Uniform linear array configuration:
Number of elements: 48
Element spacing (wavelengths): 0.5
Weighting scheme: cosine
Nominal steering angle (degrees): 0
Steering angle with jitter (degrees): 0.876
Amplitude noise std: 0.05
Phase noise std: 0.05

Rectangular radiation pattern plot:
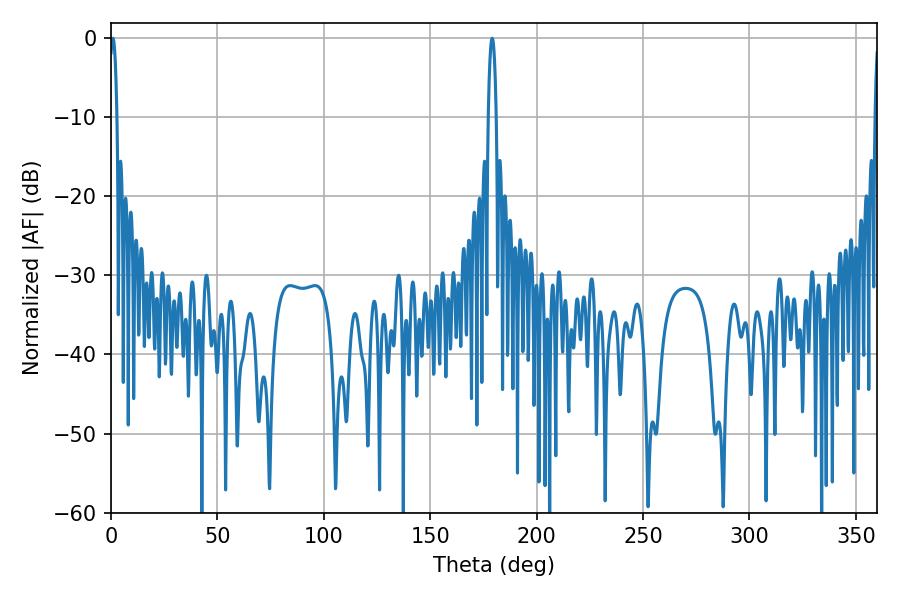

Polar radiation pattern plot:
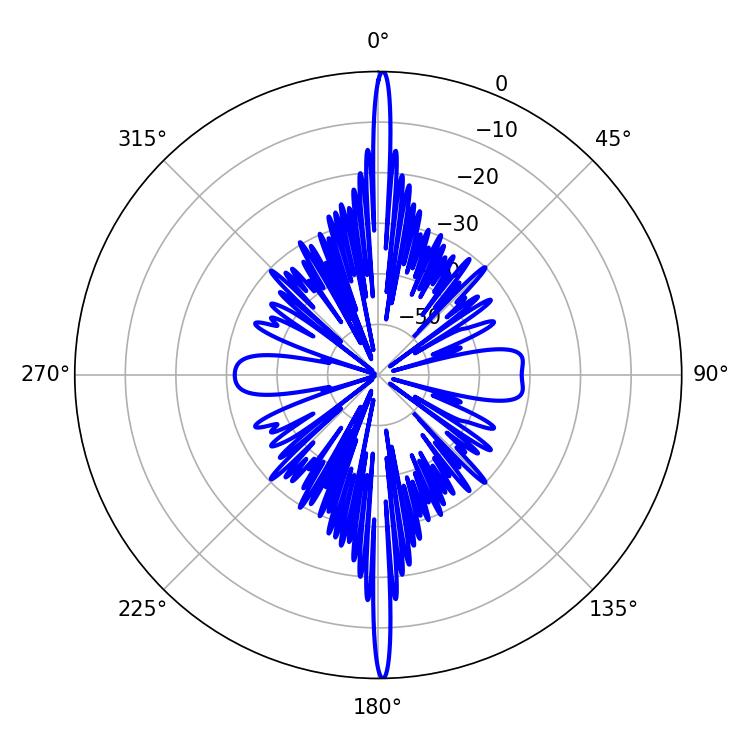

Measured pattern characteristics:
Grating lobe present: FALSE
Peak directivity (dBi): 31.776
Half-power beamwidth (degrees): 1.98
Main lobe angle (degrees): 0.9